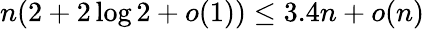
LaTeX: n(2+2\log 2+o(1))\leq 3.4n+o(n)